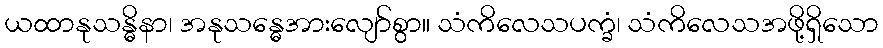
ယထာနုသန္ဓိနာ၊ အနုသန္ဓေအားလျော်စွာ။ သံကိလေသပက္ခံ၊ သံကိလေသအဖို့ရှိသော